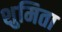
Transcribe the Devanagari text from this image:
शुमिता